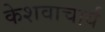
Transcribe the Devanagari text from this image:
केशवाचार्य